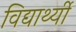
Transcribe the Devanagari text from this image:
विद्यार्थ्यी